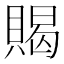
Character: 𲂲